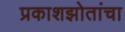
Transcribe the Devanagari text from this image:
प्रकाशझोतांचा